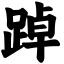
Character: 踔